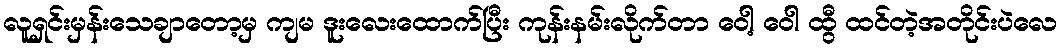
လူရှင်းမှန်းသေချာတော့မှ ကျမ ဒူးလေးထောက်ပြီး ကုန်းနမ်းလိုက်တာ ဝေါ့ ဝေါ ထွီ ထင်တဲ့အတိုင်းပဲလေ